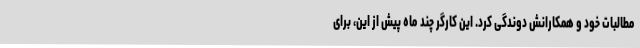
مطالبات خود و همکارانش دوندگی کرد. این کارگر چند ماه پیش از این، برای